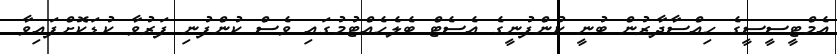
އެމްޓީސީސީގެ ހިއްސާދާރުން ބުނީ ކުންފުނީގެ އެސެޓް ބެލެހެއްޓުމުގައި ވެސް ކުންފުނި ފަރުވާ ކުޑަކޮށްފައިވާ